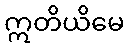
ဣတိယိမေ